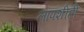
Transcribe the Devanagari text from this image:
लापशीही